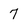
Character: 7